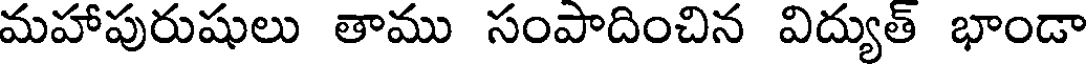
మహాపురుషులు తాము సంపాదించిన విద్యుత్ భాండా